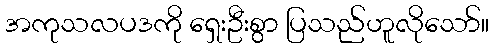
အကုသလပဒကို ရှေးဦးစွာ ပြသည်ဟူလိုသော်။